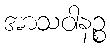
အာသဝါနဉ္စ